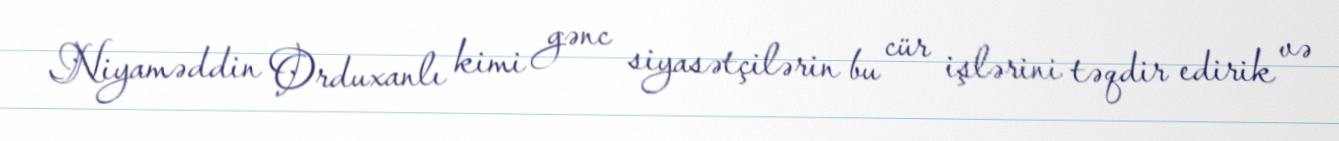
Niyaməddin Orduxanlı kimi gənc siyasətçilərin bu cür işlərini təqdir edirik və